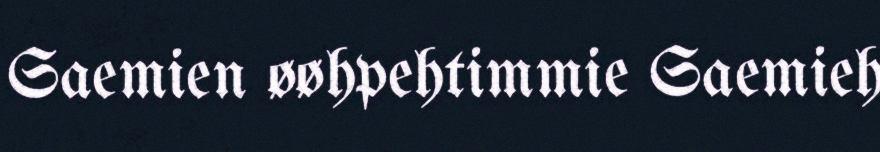
Saemien øøhpehtimmie Saemieh